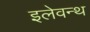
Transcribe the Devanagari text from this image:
इलेवन्थ